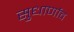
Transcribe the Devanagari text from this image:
सुधार्णाव